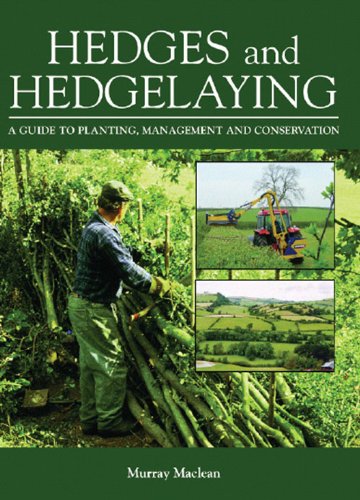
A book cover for Hedges and Hedgelaying: A Guide to Planting, Management and Conservation; Murray Maclean; Crafts, Hobbies & Home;